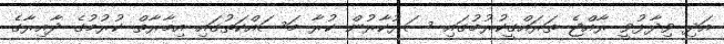
އަދި ވިދާޅުވީ ރާއްޖެ ތަރައްގީކުރުމުގައި ސަރުކާރުން ކުރާ މަސައްކަތުގައި އިމާރާތް ކުރުމުގެ ދާއިރާގެ